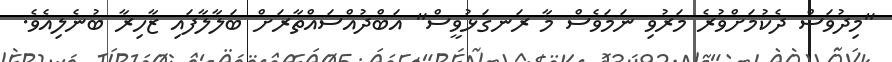
"މިދުވަސް ދެކުމަށްވުރެ މަރުވި ނަމަވެސް މާ ރަނގަޅުވީސް" އަބްދުއްސައްތާރަށް ބަލާލާފައި ޒާހިރާ ބުނެލިއެވެ.